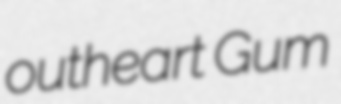
outheart Gum